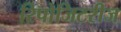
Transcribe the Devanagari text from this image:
रिपोजिटरीज